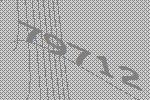
79712